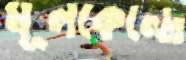
মূলকেন্দ্রে